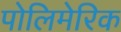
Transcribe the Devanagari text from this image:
पोलिमेरिक